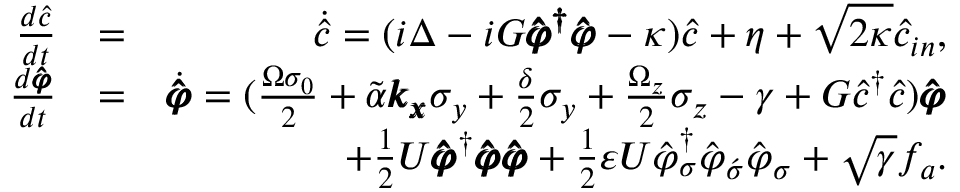
\begin{array} { r l r } { \frac { d \hat { c } } { d t } } & { = } & { \dot { \hat { c } } = ( i \Delta - i G \pmb { \hat { \varphi } ^ { \dag } \hat { \varphi } } - \kappa ) \hat { c } + \eta + \sqrt { 2 \kappa } \hat { c } _ { i n } , } \\ { \frac { d \pmb { \hat { \varphi } } } { d t } } & { = } & { \dot { \pmb { \hat { \varphi } } } = ( \frac { \Omega \sigma _ { 0 } } { 2 } + \tilde { \alpha } \pmb { k _ { x } } \sigma _ { y } + \frac { \delta } { 2 } \sigma _ { y } + \frac { \Omega _ { z } } { 2 } \sigma _ { z } - \gamma + G \hat { c } ^ { \dag } \hat { c } ) \pmb { \hat { \varphi } } } \\ & { } & { + \frac { 1 } { 2 } U \pmb { \hat { \varphi } } ^ { \dag } \pmb { \hat { \varphi } } \pmb { \hat { \varphi } } + \frac { 1 } { 2 } \varepsilon U \hat { \varphi } _ { \sigma } ^ { \dag } \hat { \varphi } _ { \acute { \sigma } } \hat { \varphi } _ { \sigma } + \sqrt { \gamma } f _ { a } . } \end{array}